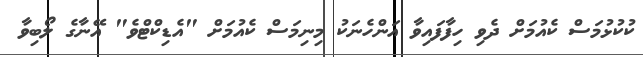
ކުކުޅުމަސް ކެއުމަށް ދެވި ހިފާފައިވާ އަންހެނަކު މިނިމަސް ކެއުމަށް "އެޑިކްޓްވެ" އޭނާގެ ލޯބިވާ